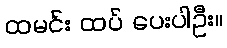
ထမင်း ထပ် ပေးပါဦး။